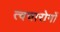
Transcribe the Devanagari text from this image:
त्वचारोगों